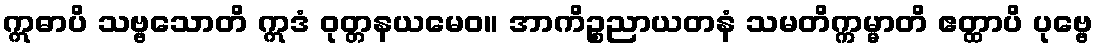
ဣဓာပိ သဗ္ဗသောတိ ဣဒံ ဝုတ္တနယမေဝ။ အာကိဉ္စညာယတနံ သမတိက္ကမ္မာတိ ဧတ္ထာပိ ပုဗ္ဗေ